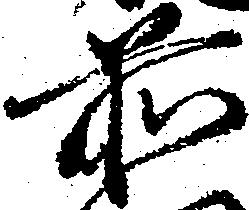
前